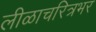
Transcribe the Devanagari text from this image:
लीळाचरित्रभर